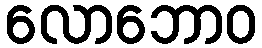
လောဘောဝ